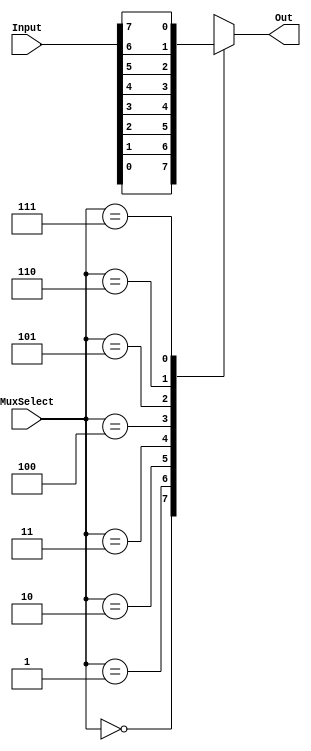
module mux7to1 (input [7:0] Input, input [2:0] MuxSelect, output reg Out);
	
	always @(*)
	begin
		case(MuxSelect[2:0])
			3'b000: Out = Input[0];
			3'b001: Out = Input[1];
			3'b010: Out = Input[2];
			3'b011: Out = Input[3];
			3'b100: Out = Input[4];
			3'b101: Out = Input[5];
			3'b110: Out = Input[6];
			3'b111: Out = Input[7];
			default: Out = 1'b0;
		endcase
	end
endmodule